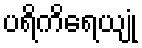
ပရိကိရေယျုံ